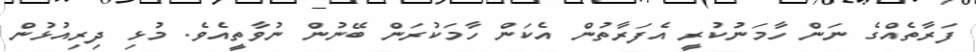
ފަރާތެއްގެ ނަން ހާމަނުކުރީ އެފަރާތުން އެކަން ހާމަކުރަން ބޭނުން ނުވާތީއެވެ. މުޅި ދިރިއުޅުން